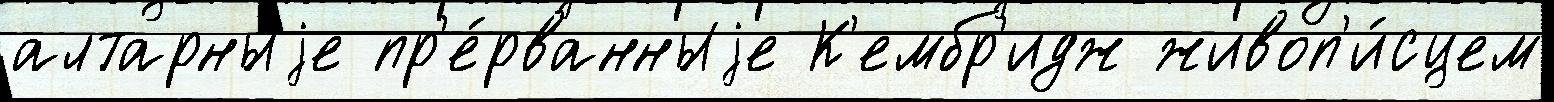
алтарныjе пр'е́рванныjе К'ембр'идж живоп'и́сцем